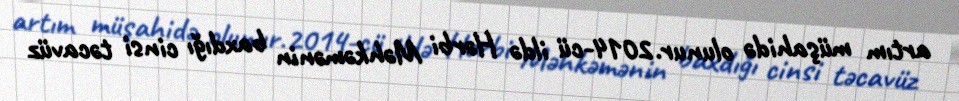
artım müşahidə olunur.2014-cü ildə Hərbi Məhkəmənin baxdığı cinsi təcavüz